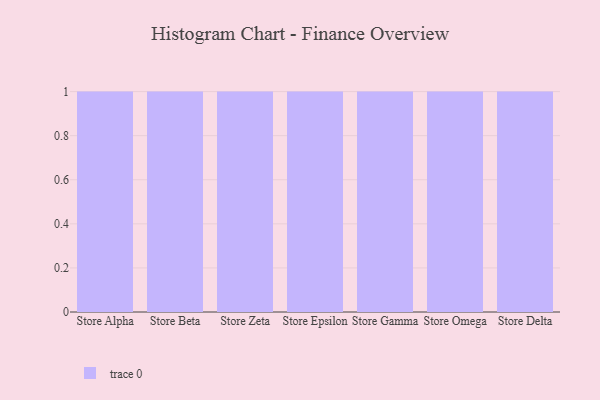
{"axis": {"x": "Store", "y": "Net Income (USD K)"}, "legend": [""], "data": [{"x": "Store Alpha", "y": 53, "type": ""}, {"x": "Store Beta", "y": 57, "type": ""}, {"x": "Store Zeta", "y": 8, "type": ""}, {"x": "Store Epsilon", "y": 52, "type": ""}, {"x": "Store Gamma", "y": 43, "type": ""}, {"x": "Store Omega", "y": 31, "type": ""}, {"x": "Store Delta", "y": 12, "type": ""}]}